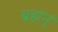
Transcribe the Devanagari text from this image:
ब्रह्मनुं